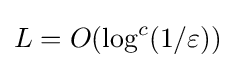
L=O({\text{log}}^{c}(1/\varepsilon ))